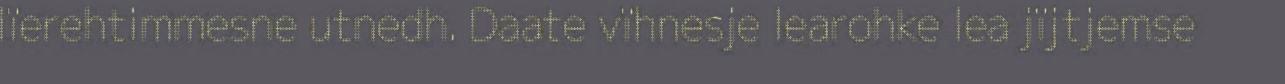
lïerehtimmesne utnedh. Daate vïhnesje learohke lea jïjtjemse